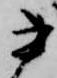
書